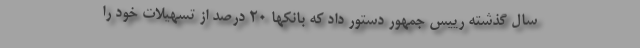
سال گذشته رییس جمهور دستور داد که بانکها ۲۰ درصد از تسهیلات خود را